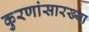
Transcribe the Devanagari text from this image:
कुरणांसारख्या